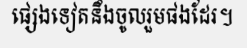
ផ្សេងទៀតនឹងចូលរួមផងដែរ។